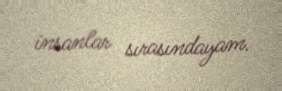
insanlar sırasındayam.